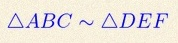
\triangle ABC\sim\triangle DEF